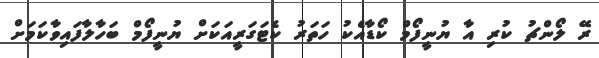
ރޭ ލޯންޗު ކުރި އާ ޔުނީފޯމް ކޯޑާއެކު ހަތަރު ކެޓަގަރީއަކަށް ޔުނީފޯމް ބަހާލާފައިވާކަމަށް